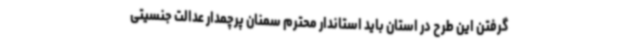
گرفتن این طرح در استان باید استاندار محترم سمنان پرچمدار عدالت جنسیتی